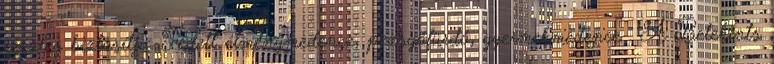
részleg biztosítja. Fedett élménymedence, pezsgőfürdő, gyermekmedence . A Betekints